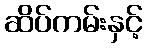
ဆိပ်ကမ်းနှင့်